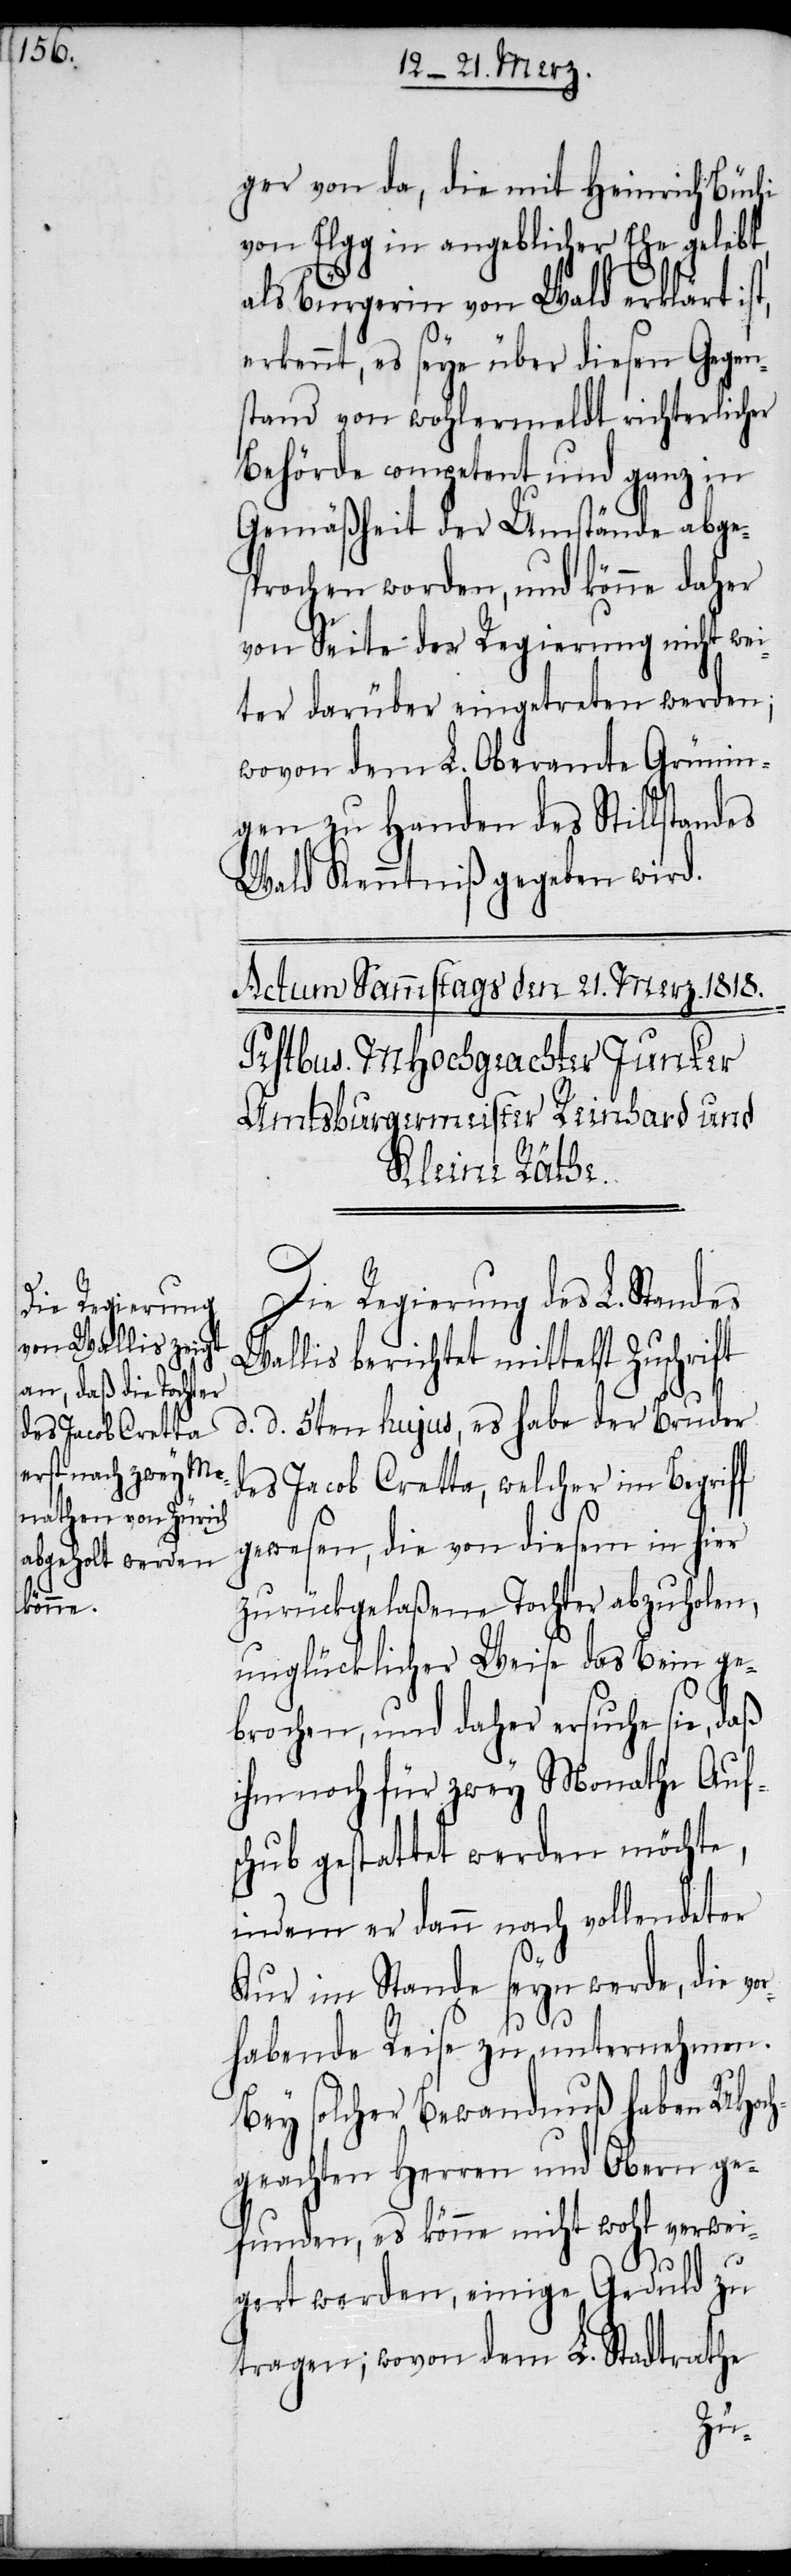
ger von da, die mit Heinrich Büchi
von Elgg in angeblicher Ehe gelebt,
als Bürgerin von Wald erklärt ist,
erkennt, es sey über diesen Gegen¬
stand von wohlermeldt richterlicher
Behörde competent und ganz in
Gemäßheit der Umstände abge¬
sprochen worden, und könne daher
von Seite der Regierung nicht wei¬
ter darüber eingetreten werden;
wovon dem L. Oberamte Grünin¬
gen zu Handen des Stillstandes
Wald Kenntniß gegeben wird.
Die Regierung des L. Standes
Wallis berichtet mittelst Zuschrift
d. d. 5ten hujus, es habe der Bruder
des Jacob Cretta, welcher im Begriff
gewesen, die von diesem in hier
zurückgelaßene Tochter abzuholen,
unglücklicher Weise das Bein ge¬
brochen, und daher ersuche sie, daß
ihm noch für zwey Monathe Auf¬
schub gestattet werden möchte,
indem er dann nach vollendeter
Kur im Stande seyn werde, die vo¬
rhabende Reise zu unternehmen.
Bey solcher Bewandnuß haben UHoch¬
geachten Herren und Obern ge¬
funden, es könne nicht wohl verwei¬
gert werden, einige Geduld zu
tragen; wovon dem L. Stadtrathe